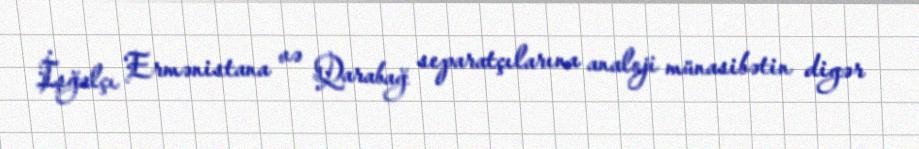
İşğalçı Ermənistana və Qarabağ separatçılarına analoji münasibətin digər